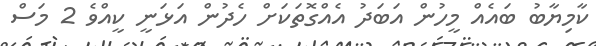
ކާމިޔާބު ބައެއް މީހުން އަބަދު އެއްގޮތަކަށް ހެދުން އަޅަނީ ކީއްވެ 2 މަސް